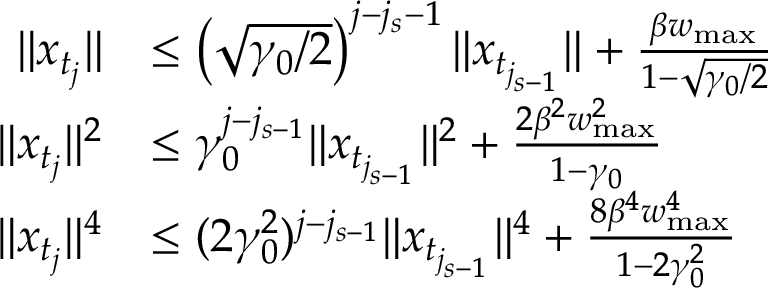
\begin{array} { r l } { \| x _ { t _ { j } } \| } & { \leq \left( \sqrt { \gamma _ { 0 } / 2 } \right) ^ { j - j _ { s } - 1 } \| x _ { t _ { j _ { s - 1 } } } \| + \frac { \beta w _ { \operatorname* { m a x } } } { 1 - \sqrt { \gamma _ { 0 } / 2 } } } \\ { \| x _ { t _ { j } } \| ^ { 2 } } & { \leq \gamma _ { 0 } ^ { j - j _ { s - 1 } } \| x _ { t _ { j _ { s - 1 } } } \| ^ { 2 } + \frac { 2 \beta ^ { 2 } w _ { \operatorname* { m a x } } ^ { 2 } } { 1 - \gamma _ { 0 } } } \\ { \| x _ { t _ { j } } \| ^ { 4 } } & { \leq ( 2 \gamma _ { 0 } ^ { 2 } ) ^ { j - j _ { s - 1 } } \| x _ { t _ { j _ { s - 1 } } } \| ^ { 4 } + \frac { 8 \beta ^ { 4 } w _ { \operatorname* { m a x } } ^ { 4 } } { 1 - 2 \gamma _ { 0 } ^ { 2 } } } \end{array}